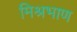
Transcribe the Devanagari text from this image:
मिश्रभाण